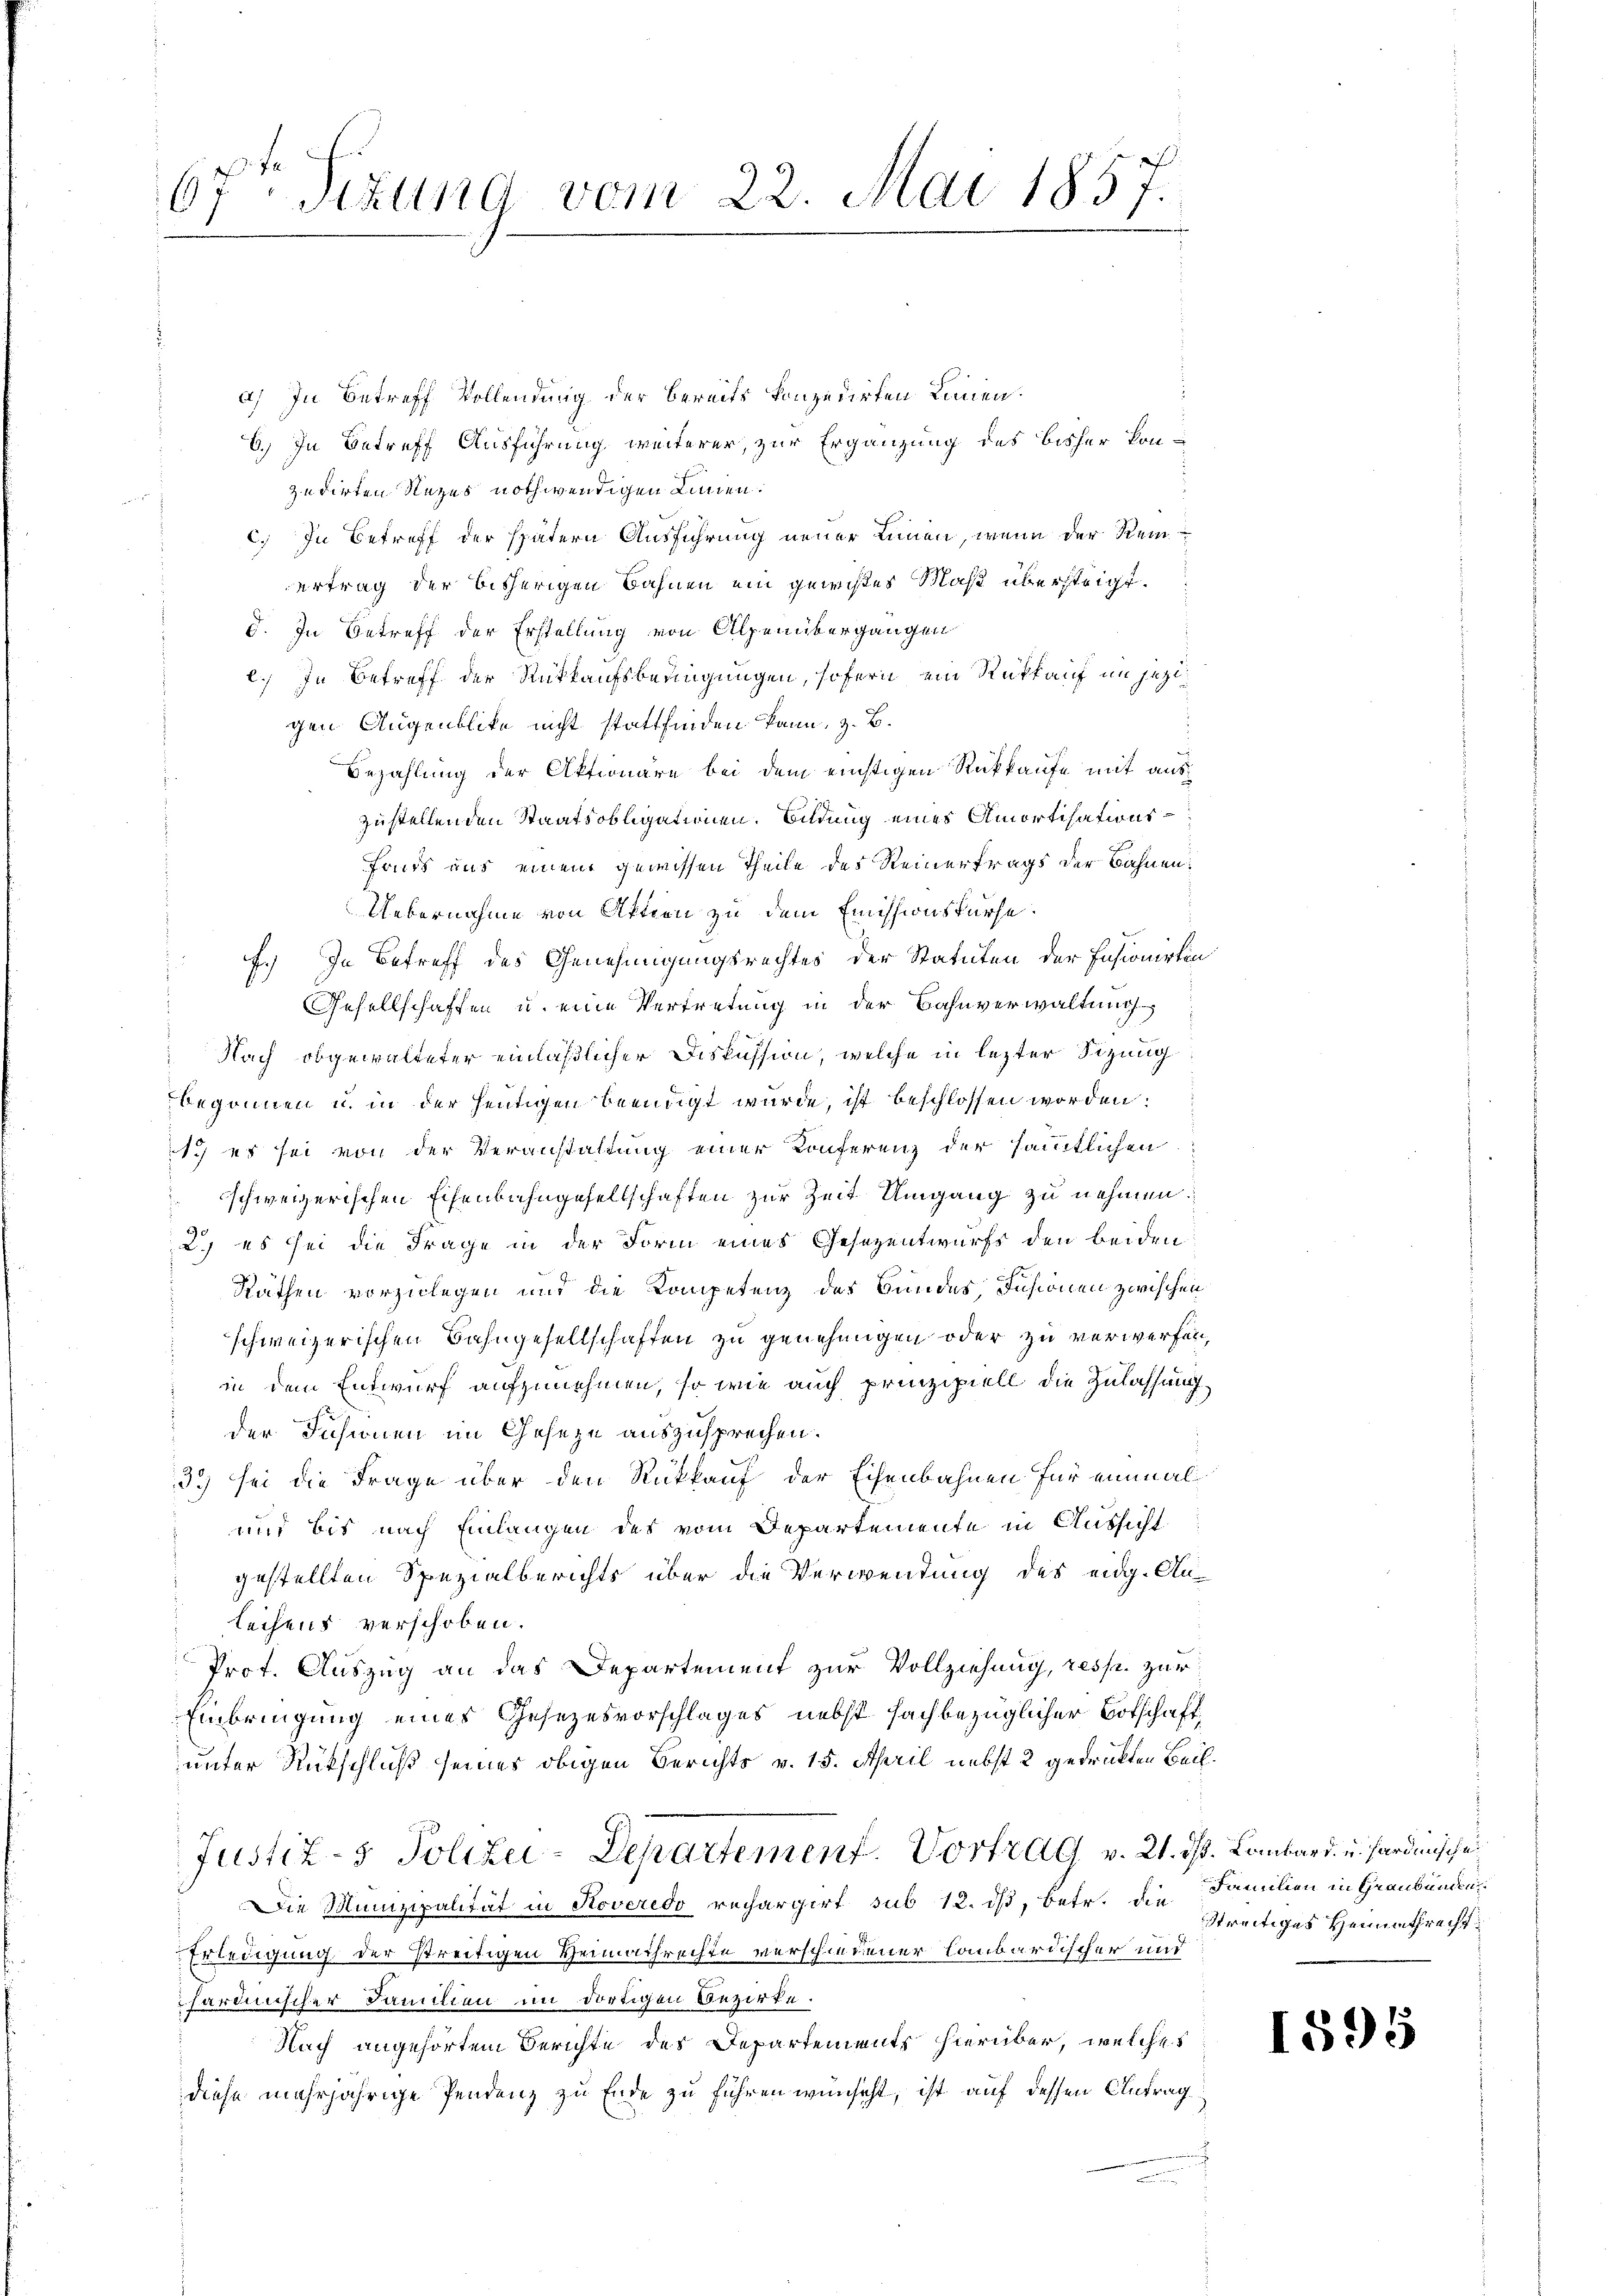
67ten Sizung vom 22. Mai 1857.

a) In Betreff Vollendung der bereits konzedirten Linien¬
6.) In Betreff Ausführung weiterer, zur Ergänzung des bisher konzudirten Rezes nothwendigen Linnen.
c. In Betreff der spätern Ausführung neuer Linien, wenn der Reinertrag der bisherigen Bahnen ein gewißes Maß übersteigt.
d. In Betreff der Erstellung von Alpenübergangen
c.) In Betreff der Rückkaufsbedingungen, sofern ein Rückkauf im jezigen Augenblicke nicht stattfinden kann, z. B.
Bezahlung der Aktionäre bei dem richtigen Rückkaufe mit auszustellenden Staatsobligationen. Bildung eines Amortisations¬
Fonds aus einem gewissen Theile des Reinertrags der Bahnen¬
Uebernahme von Aktien zu dem Emissionskurse.
f.) In Betreff des Genehmigungsrechtes der Statuten der Fasionirten
Gesellschaffen u. eine Vertretung in der Bahnverwaltung
Nach obgewalteter einläßlicher Diskussion, welche in lezter Sitzung
begonnen u. in der heutigen beendigt wurde, ist beschlossen worden:
1) es sei von der Veranstaltung einer Konferenz der sämmtlichen
schweizerischen Eisenbahngesellschaften zur Zeit Umgang zu nehmen.
2.) es sei die Frage in der Form eines Gesezentwurfs den beiden
Räthen vorzulegen und die Kompetenz des Bundes Insionen zwischen
schweizerischen Bahngesellschaften zu genehmigen oder zu verwerfen,
in dem Entwurf aufzunehmen, so wie auch prinzipiell die Zulassung
s
der Insinen im Geseze auszusprechen.
33 sei die Frage über den Rückkauf der Eisenbahnen für einmal
 und bis nach Einlangen des vom Departemente in Aussicht
gestellten Spezialberichts über die Verwendung des eidg. Antechens verschoben.
Prot. Auszug an das Departement zur Vollziehung, resp. zur
Einbringung eines Gesezesvorschlages nebst fachbezüglicher Botschaftunter Rückschluß seines obigen Berichts v. 15. April nebst 2 gedruckten Beil¬
Justiz- & Polizei-Departement. Vortrag v. 21. dß. Lombard. u. hardinische
Die Munizipalität in Roveredo rechargirt sub 12. dß, betr. die Familien in Graubünden
Erledigung der streitigen Heimathrechte verschiedener Lombardischer und
chardinischer Familien im dortigen Bezirke.
Nach angehörtem Berichte des Departements hierüber, welches
diese mehrjährige Pendenz zu Ende zu führen wünscht, ist auf dessen Antrag

streitiges Heimathrecht.

1595